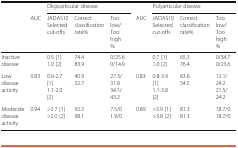
<table><thead><tr><td></td><td></td><td colspan="3"><b>Oligoarticular disease</b></td><td></td><td colspan="3"><b>Polyarticular disease</b></td></tr><tr><td></td><td><b>AUC</b></td><td><b>JADAS10Selected cut-offs</b></td><td><b>Correct classification rate%</b></td><td><b>Too low/Too high%</b></td><td><b>AUC</b></td><td><b>JADAS10Selected cut-offs</b></td><td><b>Correct classification rate%</b></td><td><b>Too low/Too high%</b></td></tr></thead><tbody><tr><td>Inactive disease</td><td></td><td>0.5 [1]1.0 [2]</td><td>74.483.9</td><td>0/25.60/14.9</td><td></td><td>0.7 [1]1.0 [2]</td><td>65,376.4</td><td>0/34.70/23.6</td></tr><tr><td>Low disease activity</td><td>0.83</td><td>0.6-2.7 [1]1.1-2.0 [2]</td><td>40.922.7</td><td>27.3/31.834.1/43.2</td><td>0.83</td><td>0.8-3.9 [1]1.1-3.8 [2]</td><td>63.654.5</td><td>12.1/24.221.5/24.2</td></tr><tr><td>Moderate disease activity</td><td>0.94</td><td>&gt;2.7 [1]&gt;2.0 [2]</td><td>92.598.1</td><td>7.5/01.9/0</td><td>0.89</td><td>&gt;3.9 [1]&gt;3.8 [2]</td><td>81.381.3</td><td>18.7/018.7/0</td></tr></tbody></table>